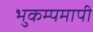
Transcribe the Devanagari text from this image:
भुकम्पमापी